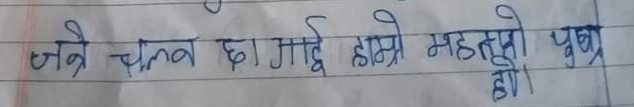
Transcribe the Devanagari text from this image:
जत्रे चलन छा। गाई हाम्रो महतत्वो पुशु हो।